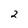
Character: 2